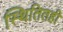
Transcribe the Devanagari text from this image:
स्थितितही